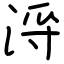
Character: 浖